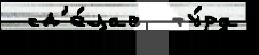
 сд'е́лав  ту́ра